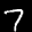
Label: 7